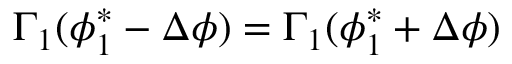
\Gamma _ { 1 } ( \phi _ { 1 } ^ { * } - \Delta \phi ) = \Gamma _ { 1 } ( \phi _ { 1 } ^ { * } + \Delta \phi )